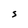
Character: S